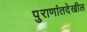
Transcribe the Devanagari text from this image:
पुराणांतदेखील